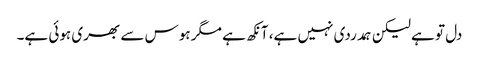
دل تو ہے لیکن ہمدردی نہیں ہے، آنکھ ہے مگر ہوس سے بھری ہوئی ہے۔